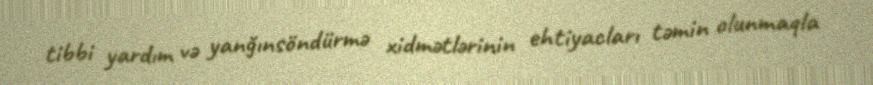
tibbi yardım və yanğınsöndürmə xidmətlərinin ehtiyacları təmin olunmaqla